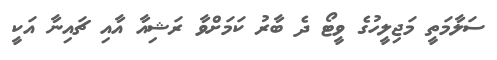
ސަލާމަތީ މަޖިލީހުގެ ވީޓޯ ދެ ބާރު ކަމަށްވާ ރަޝިއާ އާއި ޗައިނާ އަކީ